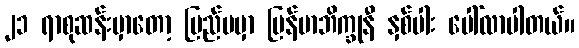
၂၁ ရာစုဆန်းမှာတော့ ပြည်ပမှာ မြန်မာဘိက္ခုနီ နှစ်ပါး ပေါ်လာပါတယ်။